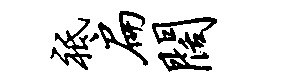
祗扁阔